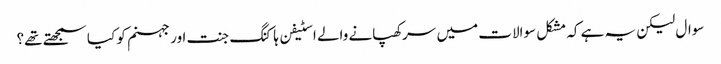
سوال لیکن یہ ہے کہ مشکل سوالات میں سرکھپانے والے اسٹیفن ہاکنگ جنت اور جہنم کو کیا سمجھتے تھے؟